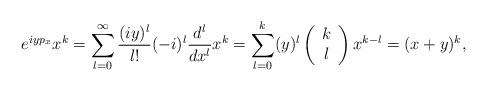
LaTeX: \begin{align*}e^{iyp_x}x^k=\sum_{l=0}^{\infty}\frac{(iy)^l}{l!}(-i)^l\frac{d^l}{dx^l}x^k=\sum_{l=0}^{k}(y)^l\left(\begin{array}{c}k\\l\end{array}\right) x^{k-l}=(x+y)^k,\end{align*}